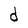
Character: d